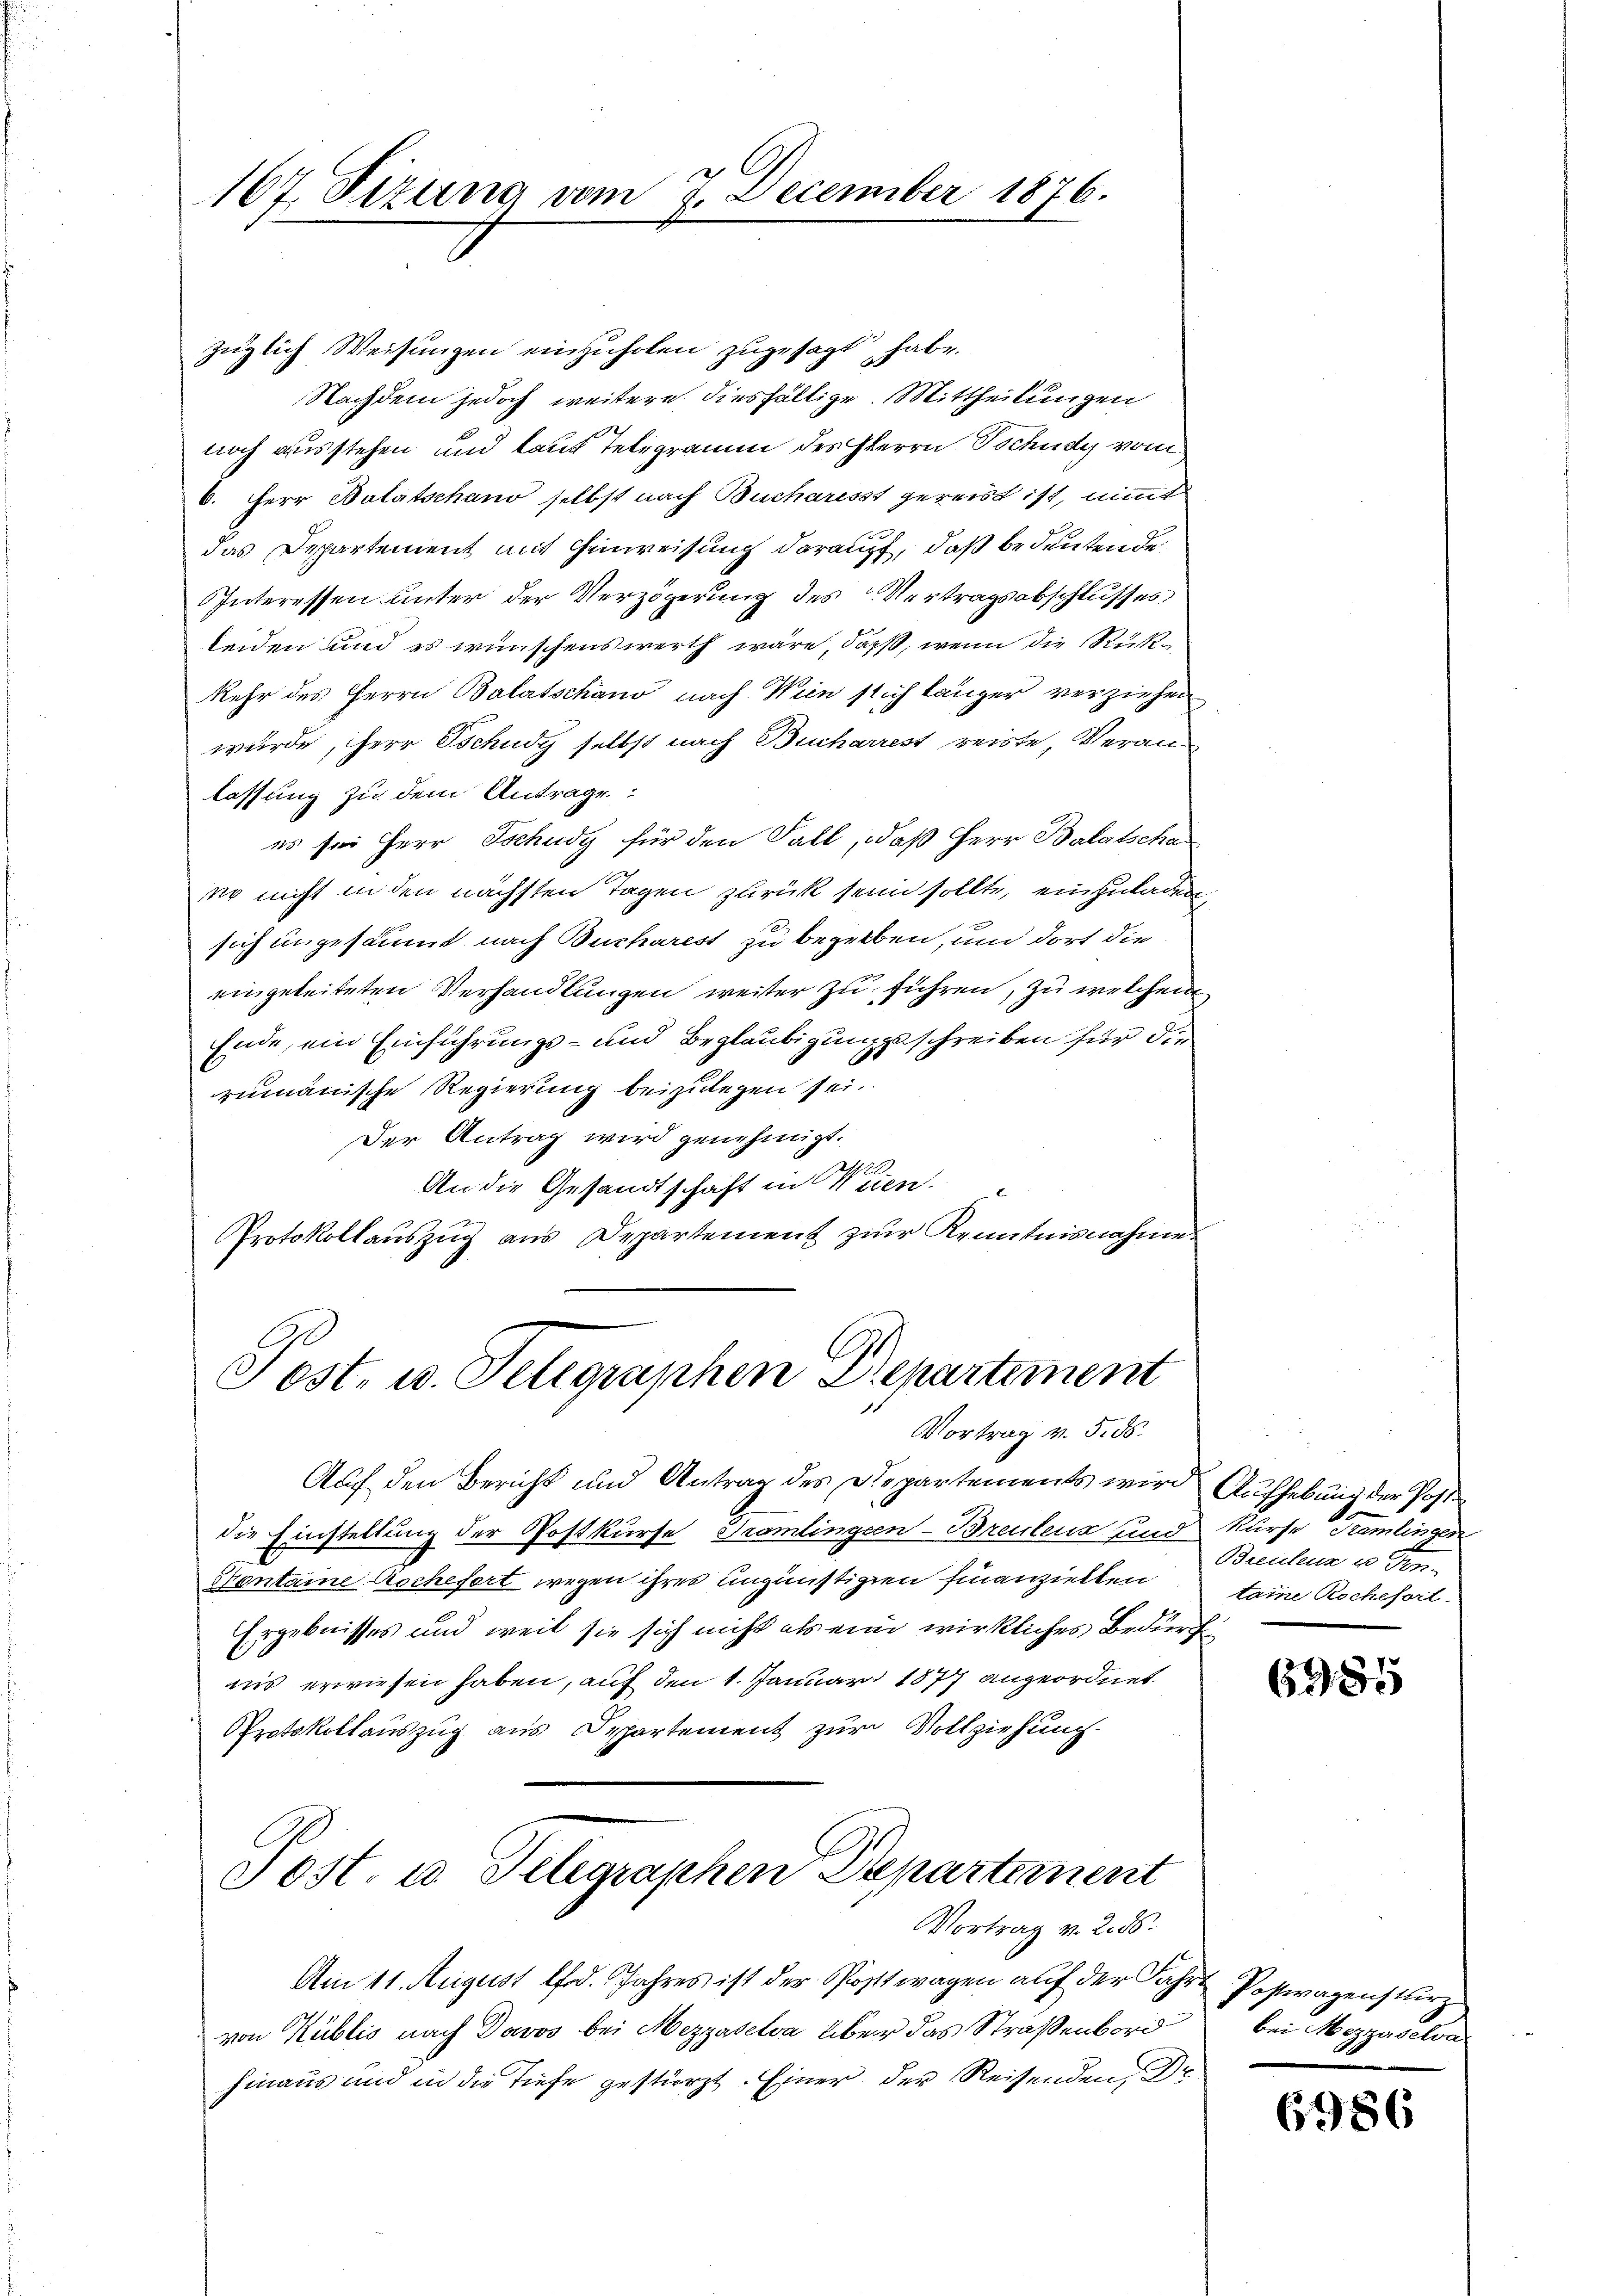
C
167. Tizung vom 7. December 1876.

züglich Weisungen einzuholen zugesagt habe.
Nachdem jedoch weitere diesfällige Mittheilungen
1
noch ausstehen und laut Telegramm des Herrn Tschudy vom
b. Herr Botatschano selbst nach Bucharisst gereist ist, nimmt
das Departement mit Hinweisung darauf, daß bedeutende
IInteressen unter der Verzögerung des Vertragsabschlusses
leiden und es wünschenswerth wäre, daß, wenn die Rückkehr des Herrn Balatschäno nach Wein sich länger verziehen
wurde, herr Tschudy selbst nach Bucharrest reiste, Veranlassung zu dem Antrage:
es sei Herr Tschudy für den Fall, daß Herr Balatscha
er nicht in den nächsten Tagen zurück sein sollte, einzuladen,
sich in gesäumt nach Bucharest zu begaben, um dort die
eingeleiteten Verhandlungen weiter zu führen, zu welchem
Ende, ein Einführungs- und Beglaubigungsschreiben für die
rumänische Regierung beizulegen sei.
Der Antrag wird genehmigt.
l
An die Gesandtschaft in Wien
Protokollaŭszŭg aŭs Departement zur Kenntnisnahme

Post- u. Telegraphen Departement
Vortrag v. 5. ds.

Auf den Bericht und Antrag des Departements wird Aufhebung der Post
die Einstellung der Postkurse Tramlingen-Breutens und Kurse Kamlingen
Stentaine Aschefert wegen ihres ungünstigen finanzielten
Ergebnisses und weil sie sich nicht als eine wirkliches Bedürf
iis erwiesen haben, auf den 1. Januar 1877 angeordnet
Protokollauszug aus Departement zur Vollziehung
Sost. u. Telegraphen Departement
Vortrag v. 2. ds.
Am 11. August lfd. Jahres ist der Postwagen auf der Fahrt Posteragensturz
von Küblis nach Davos bei Mezzaselva über das Straßenbord
hinaus und in die Tiefe gestürzt. Einer der Reisenden, Dr

Breulenz v Fon
taine Rechefort

6985

bei Mezzisela

6986